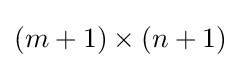
(m+1)\times (n+1)